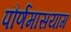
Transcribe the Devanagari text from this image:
पौर्णमासयाग